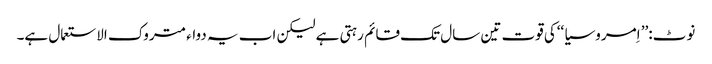
نوٹ:’’ اِمروسیا ‘‘کی قوت تین سال تک قائم رہتی ہے لیکن اب یہ دواء متروک الاستعمال ہے۔